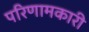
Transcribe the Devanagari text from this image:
परिणामकारी